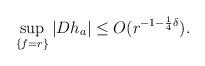
LaTeX: \begin{align*}\sup _{\{f=r\}}\left|Dh_a\right| \leq O(r^{-1-\frac{1}{4}\delta}). \end{align*}